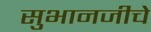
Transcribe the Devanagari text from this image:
सुभानजीचे